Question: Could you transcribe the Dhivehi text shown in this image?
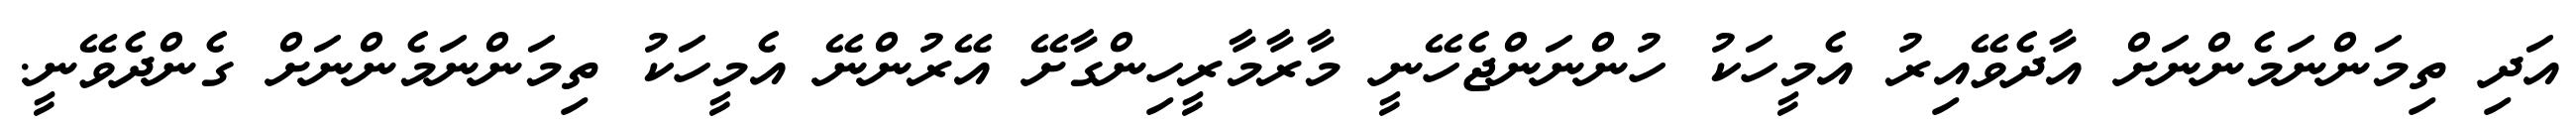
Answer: އަދި ތިމަންނަމެންނަށް އާދެވޭއިރު އެމީހަކު ހުންނަންޖެހޭނީ މާރާމާރީހިންގާށޭ އޭރުންނޭ އެމީހަކު ތިމަންނަމެންނަށް ގެންދެވޭނީ.